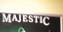
majestic